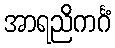
အာရညိကင်္ဂံ